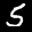
Label: 5